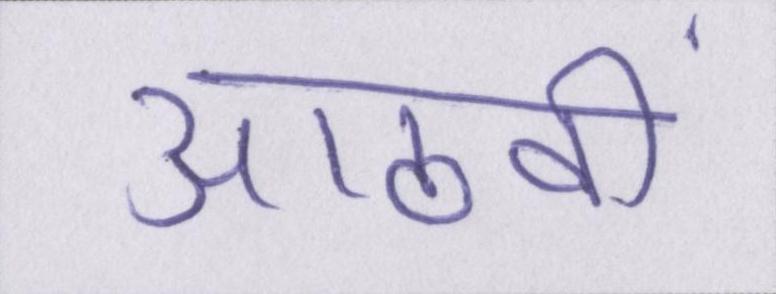
आठवीं